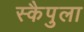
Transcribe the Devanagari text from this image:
स्कैपुला